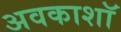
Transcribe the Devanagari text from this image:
अवकाशॉ